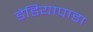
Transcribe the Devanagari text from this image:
डेडियापाडा